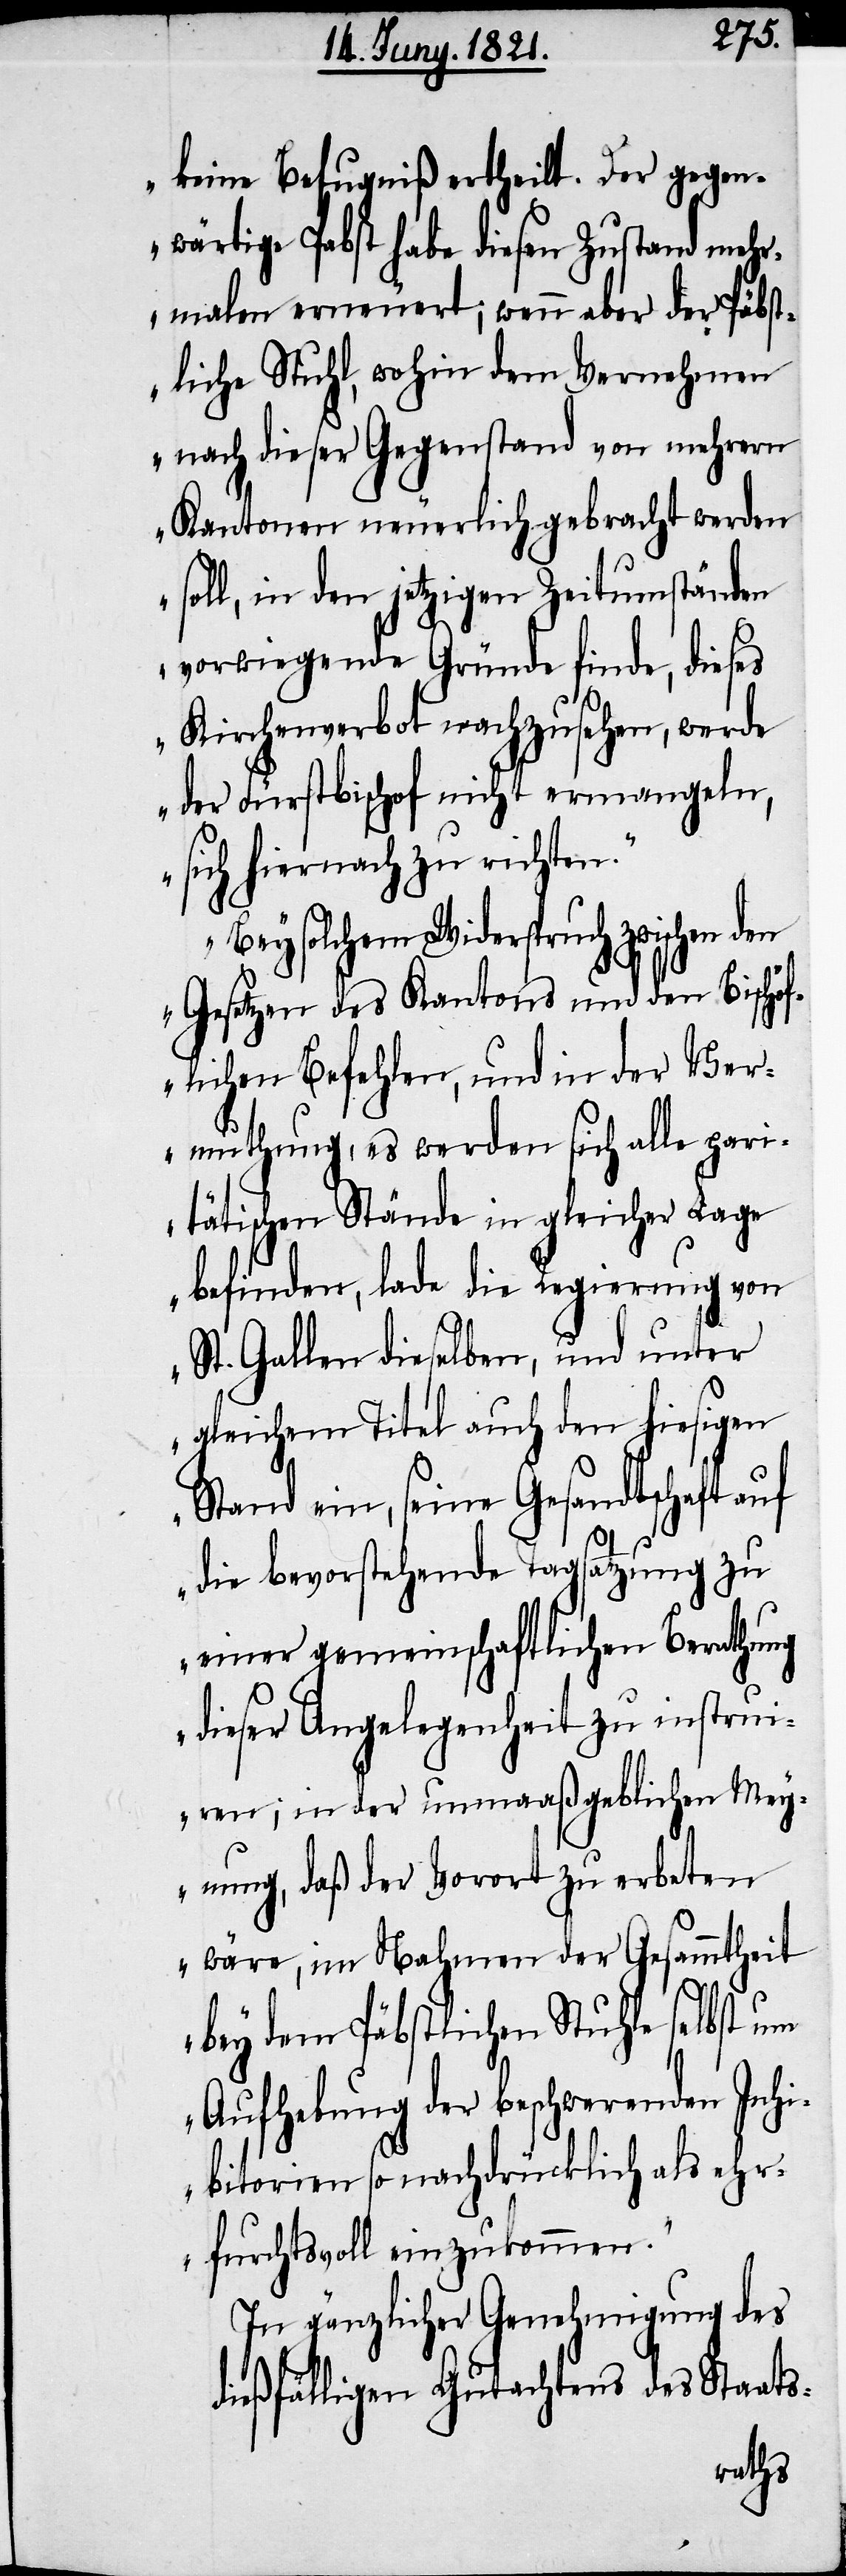
keine Befugniß ertheilt. Der gegen¬
wärtige Pabst habe diesen Zustand mehr¬
malen erneuert; wenn aber der Päbst¬
liche Stuhl, wohin dem Vernehmen
nach dieser Gegenstand von mehrern
Kantonen neuerlich gebracht werden
soll, in den jetzigen Zeitumständen
vorwiegende Gründe finde, dieses
Kirchenverbot nachzusehen, werde
der Fürstbischof nicht ermangeln,
sich hiernach zu richten.
Bey solchem Widerspruch zwischen den
Gesetzen des Kantons und den Bischöf¬
lichen Befehlen, und in der Ver¬
muthung, es werden sich alle pari¬
tätischen Stände in gleicher Lage
befinden, lade die Regierung von
St. Gallen dieselben, und unter
gleichem Titel auch den hiesigen
Stand ein, seine Gesandtschaft auf
die bevorstehende Tagsatzung zu
einer gemeinschaftlichen Berathung
dieser Angelegenheit zu instru¬
iren; in der unmaaßgeblichen Mey¬
nung, daß der Vorort zu erbeten
wäre, im Nahmen der Gesammtheit
bey dem Päbstlichen Stuhle selbst um
Aufhebung der beschwerenden Inhi¬
bitorien so nachdrücklich als ehr¬
furchtsvoll einzukommen.“
In gänzlicher Genehmigung des
dießfälligen Gutachtens des Staats-